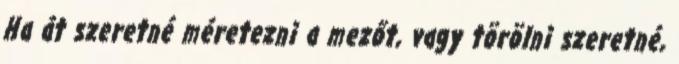
Ha át szeretné méretezni a mezőt, vagy törölni szeretné,